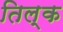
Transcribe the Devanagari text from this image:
तिल्क